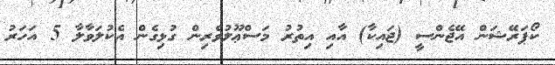
ކޯޕަރޭޝަން އޭޖެންސީ (ޖައިކާ) އާއި އިތުރު މަސްޢޫލުވެރިން ގުޅިގެން އެކުލަވާލާ 5 އަހަރު